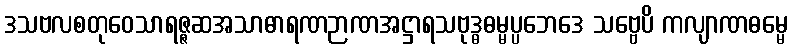
ဒသဗလစတုဝေသာရဇ္ဇဆအသာဓာရဏဉာဏအဋ္ဌာရသဗုဒ္ဓဓမ္မပ္ပဘေဒေ သဗ္ဗေပိ ကလျာဏဓမ္မေ